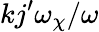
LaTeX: kj^{\prime}\omega_{\chi}/\omega